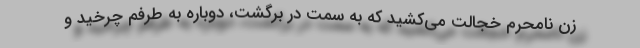
زن نامحرم خجالت می‌کشید که به سمت در برگشت، دوباره به طرفم چرخید و